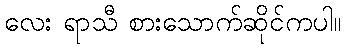
လေး ရာသီ စားသောက်ဆိုင်ကပါ။